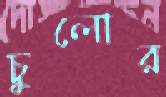
চুলোর